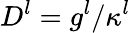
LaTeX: D_{}^{l}=g^{l}/\kappa^{l}